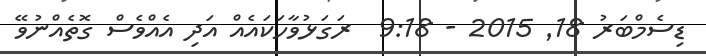
ޑިސެމްބަރު 18